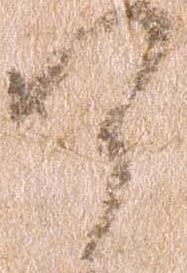
了